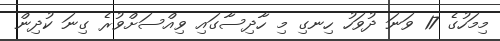
މިމަހުގެ 17 ވަނަ ދުވަހު ހިނގި މި ހާދިސާގައި ވިއްސަށްވުރެ ގިނަ ކުދިން